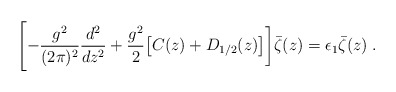
\begin{align*}\Biggl [ -{g^2 \over (2 \pi)^2} {d ^2 \over dz^2} + {g ^2 \over 2}\bigl [ C(z) + D_{1/2} (z) \bigr ] \biggr ] \bar \zeta (z) = \epsilon_1 \bar \zeta (z)\; .\end{align*}